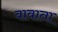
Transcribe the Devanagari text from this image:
वावाता